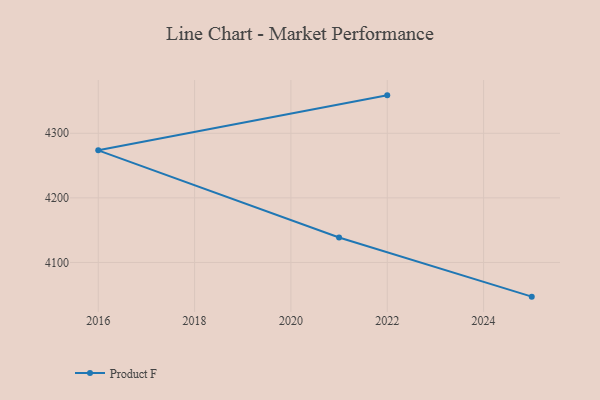
{"axis": {"x": "Year", "y": "LTV (USD)"}, "legend": ["Product F"], "data": [{"x": "2022", "y": 4358.7, "type": "Product F"}, {"x": "2016", "y": 4273.6, "type": "Product F"}, {"x": "2021", "y": 4138.7, "type": "Product F"}, {"x": "2025", "y": 4047.1, "type": "Product F"}]}